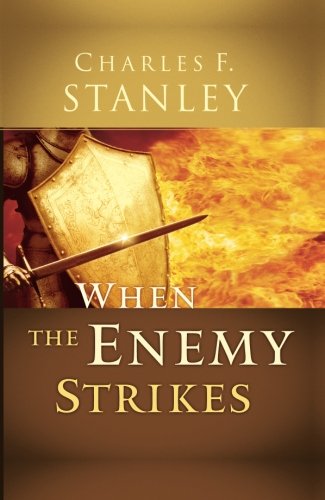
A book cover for When the Enemy Strikes: The Keys to Winning Your Spiritual Battles; Charles Stanley; Christian Books & Bibles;